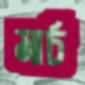
মার্চ